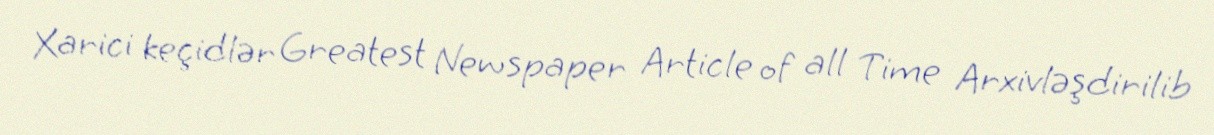
Xarici keçidlər Greatest Newspaper Article of all Time Arxivləşdirilib